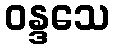
ဝန္ဒသေ